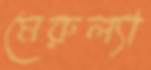
মেরুল্যা